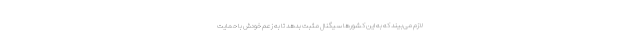
لازم می‌بیند که به این کشورها سیگنال مثبت بدهد تا به زعم خودش با حمایت